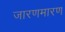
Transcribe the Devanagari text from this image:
जारणमारण